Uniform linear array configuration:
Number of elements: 4
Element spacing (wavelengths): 1
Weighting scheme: hamming
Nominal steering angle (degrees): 0
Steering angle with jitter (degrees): -0.8754
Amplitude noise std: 0.05
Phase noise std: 0.05

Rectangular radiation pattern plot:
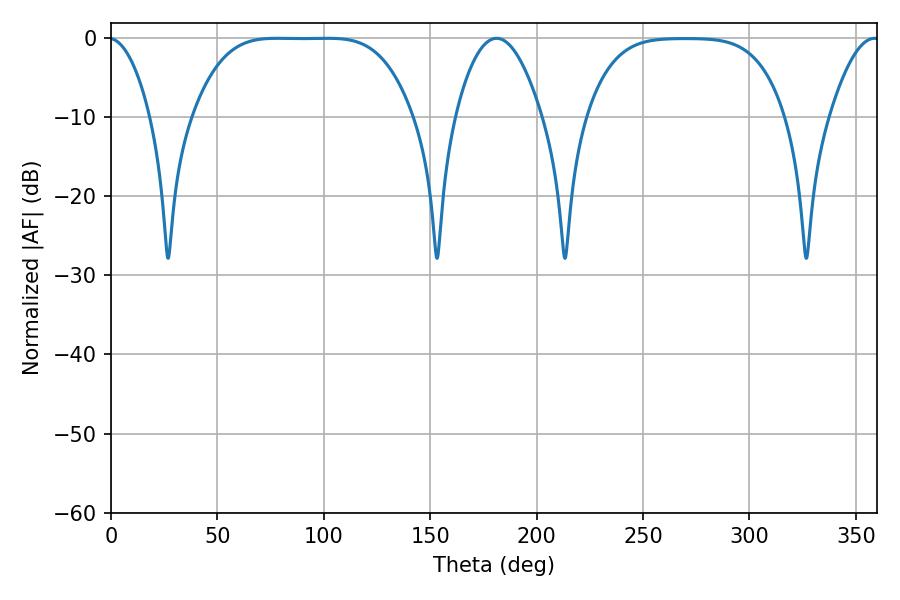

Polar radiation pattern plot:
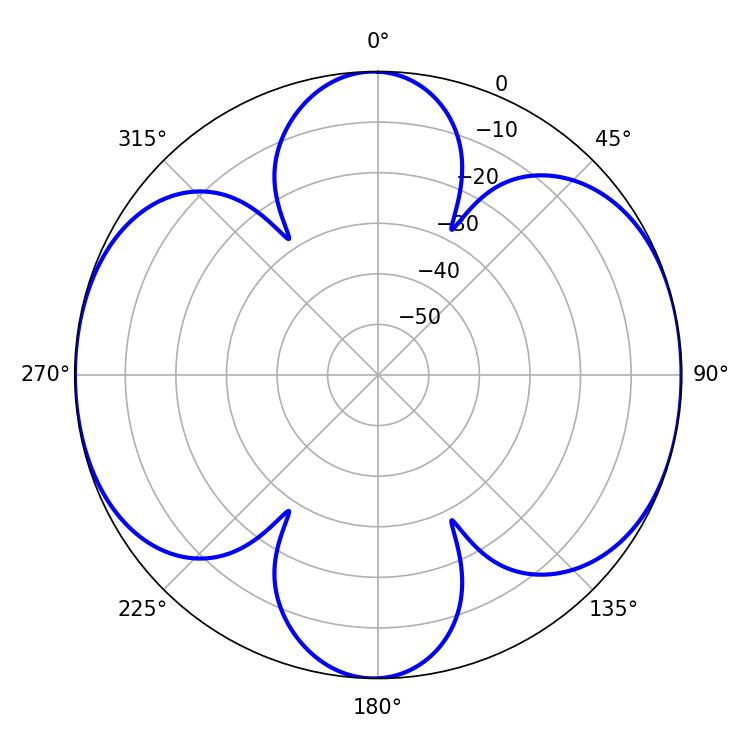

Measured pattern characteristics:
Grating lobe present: TRUE
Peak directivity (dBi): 11.905
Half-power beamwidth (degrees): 77.4
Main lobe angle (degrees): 78.3